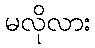
မလိုလား